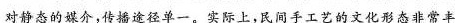
对静态的媒介，传播途径单一。实际上，民间手工艺的文化形态非常丰